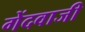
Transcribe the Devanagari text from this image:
गेंदवाजी